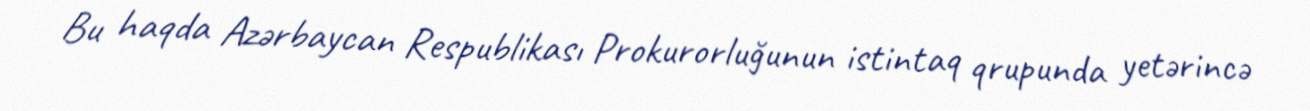
Bu haqda Azərbaycan Respublikası Prokurorluğunun istintaq qrupunda yetərincə